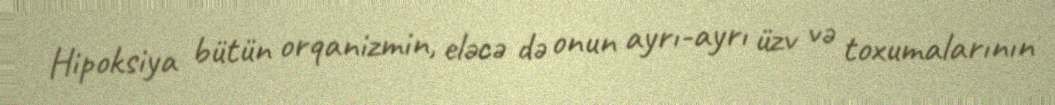
Hipoksiya bütün orqanizmin, eləcə də onun ayrı-ayrı üzv və toxumalarının